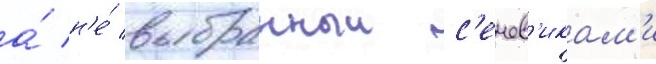
а́ н'е́ выбранныи с'ечев'икам'и